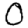
Digit: 0